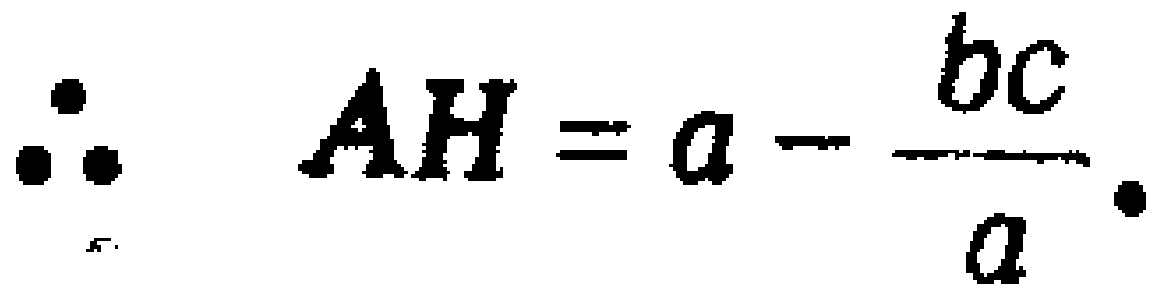
\(\therefore \quad AH=a-\frac{bc}{a} .\)